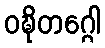
ဝဍ္ဎိတဂ္ဂေါ